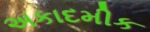
અકાદમીક